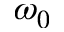
\omega _ { 0 }